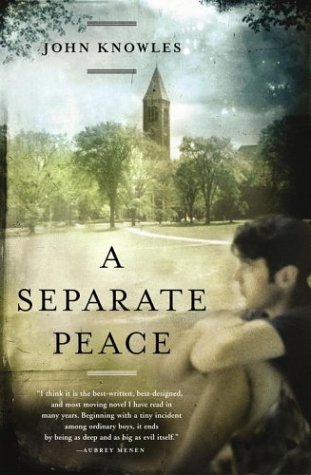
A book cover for A Separate Peace; John Knowles; Literature & Fiction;